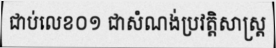
ជាប់លេខ០១ ជាសំណង់ប្រវត្តិសាស្ត្រ